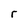
Character: r